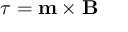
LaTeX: { \boldsymbol { \tau } } = \mathbf { m } \times \mathbf { B }